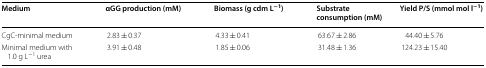
<table><thead><tr><td><b>Medium</b></td><td><b>αGG production (mM)</b></td><td><b>Biomass (g cdm L<sup>−1</sup>)</b></td><td><b>Substrate consumption (mM)</b></td><td><b>Yield P/S (mmol mol l<sup>−1</sup>)</b></td></tr></thead><tbody><tr><td>CgC-minimal medium</td><td>2.83 ± 0.37</td><td>4.33 ± 0.41</td><td>63.67 ± 2.86</td><td>44.40 ± 5.76</td></tr><tr><td>Minimal medium with 1.0 g L<sup>−1</sup> urea</td><td>3.91 ± 0.48</td><td>1.85 ± 0.06</td><td>31.48 ± 1.36</td><td>124.23 ± 15.40</td></tr></tbody></table>